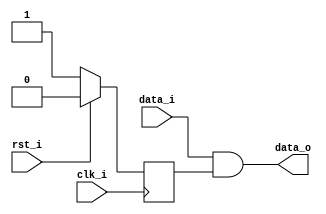
// This program was cloned from: https://github.com/lnis-uofu/OpenFPGA
// License: MIT License

/////////////////////////////////////////
//  Functionality: Use clock to gate the output of an AND2 gate
//                 This is to test if LUTs can be mapped as wires
////////////////////////////////////////
`timescale 1ns / 1ps

module clk_gate(
  rst_i,
  clk_i,
  data_i,
  data_o);
input wire rst_i;
input wire clk_i;
input wire data_i;
output wire data_o;
reg q;

always @(posedge clk_i) begin
  if (rst_i) begin
    q <= 0;
  end else begin
    q <= 1;
  end
end
assign data_o = data_i & q;

endmodule